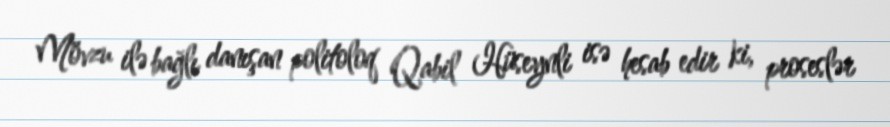
Mövzu ilə bağlı danışan politoloq Qabil Hüseynli isə hesab edir ki, proseslər